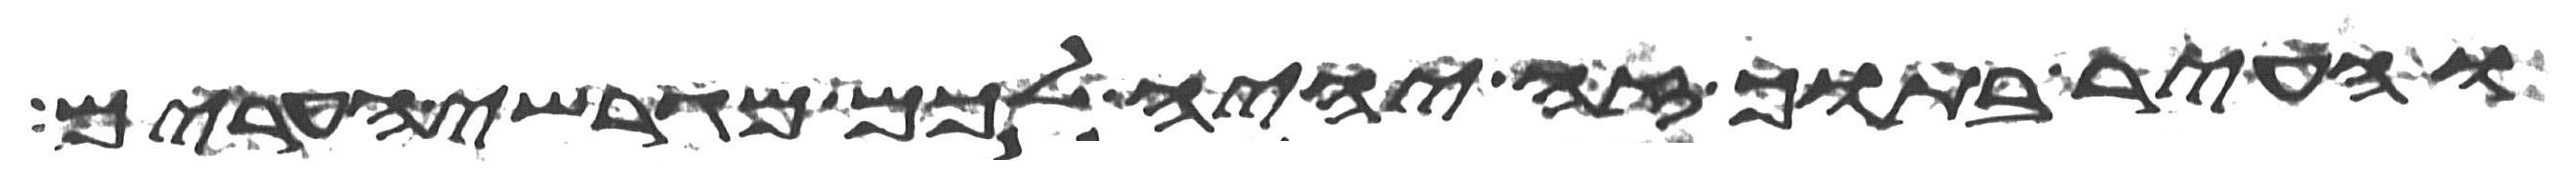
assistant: והעיר בתוך זה יהיה לכם מגרשי הערים